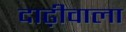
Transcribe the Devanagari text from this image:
दाढ़ीवाला